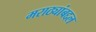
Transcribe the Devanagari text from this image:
मराठ्यांबद्दल